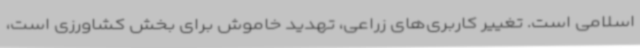
اسلامی است. تغییر کاربری‌های زراعی، تهدید خاموش برای بخش کشاورزی است،